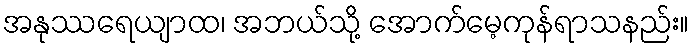
အနုဿရေယျာထ၊ အဘယ်သို့ အောက်မေ့ကုန်ရာသနည်း။